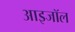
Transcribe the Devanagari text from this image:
आइजॉल